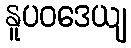
နူပဝဒေယျ